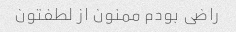
راضی بودم ممنون از لطفتون